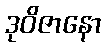
ဒုဝိဇာနော